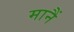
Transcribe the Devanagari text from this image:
मानैं